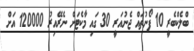
ބްލެކްބެރީ 10 ފޯނުތައް ޖެނުއަރީ 30 ގައި މާކެޓަށް ނެރޭއިރު 120000 އަށް